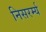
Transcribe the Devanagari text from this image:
निसरर्म्य